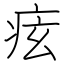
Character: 痃